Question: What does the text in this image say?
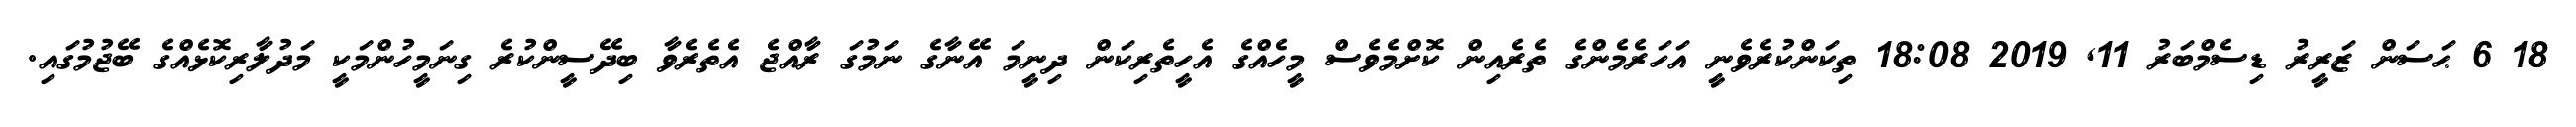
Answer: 18 6 ޙަސަން ޒަރީރު ޑިސެމްބަރު 11, 2019 18:08 ތިކަންކުރެވެނީ އަހަރެމެންގެ ތެރެއިން ކޮށްމެވެސް މީހެއްގެ އެހީތެރިކަން ދިނީމަ އޭނާގެ ނަމުގަ ރާއްޖެ އެތެރެވާ ބިދޭސީންކުރެ ގިނަމީހުންމަކީ މަދުލާރިކޮޅެއްގެ ބޭޖުމުގައި.